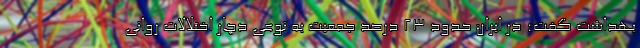
بهداشت گفت: در ایران حدود ۲۳ درصد جمعیت به نوعی دچار اختلالات روانی